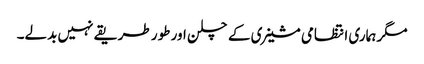
مگر ہماری انتظامی مشینری کے چلن اور طور طریقے نہیں بدلے۔